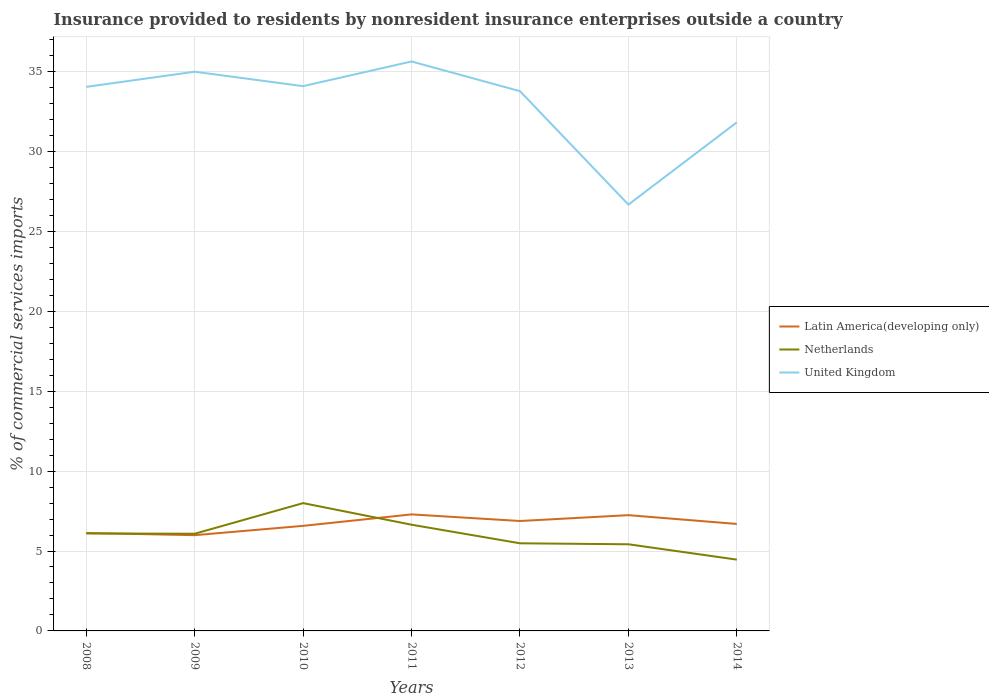
| Years | Latin America(developing only) | Netherlands | United Kingdom |
 | --- | --- | --- | --- |
 | 2008 | 6.13 | 6.1 | 34 |
 | 2009 | 5.99 | 6.08 | 35 |
 | 2010 | 6.57 | 8 | 34.1 |
 | 2011 | 7.29 | 6.65 | 35.6 |
 | 2012 | 6.88 | 5.48 | 33.8 |
 | 2013 | 7.24 | 5.42 | 26.7 |
 | 2014 | 6.69 | 4.46 | 31.8 |